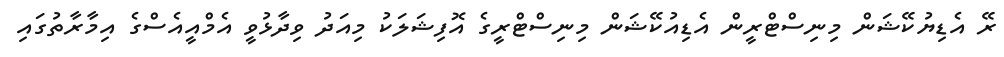
ރޭ އެޑިޔުކޭޝަން މިނިސްޓްރީން އެޑިއުކޭޝަން މިނިސްޓްރީގެ އޮފިޝަލަކު މިއަދު ވިދާޅުވީ އެމްއީއެސްގެ އިމާރާތުގައި